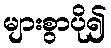
များစွာပို၍